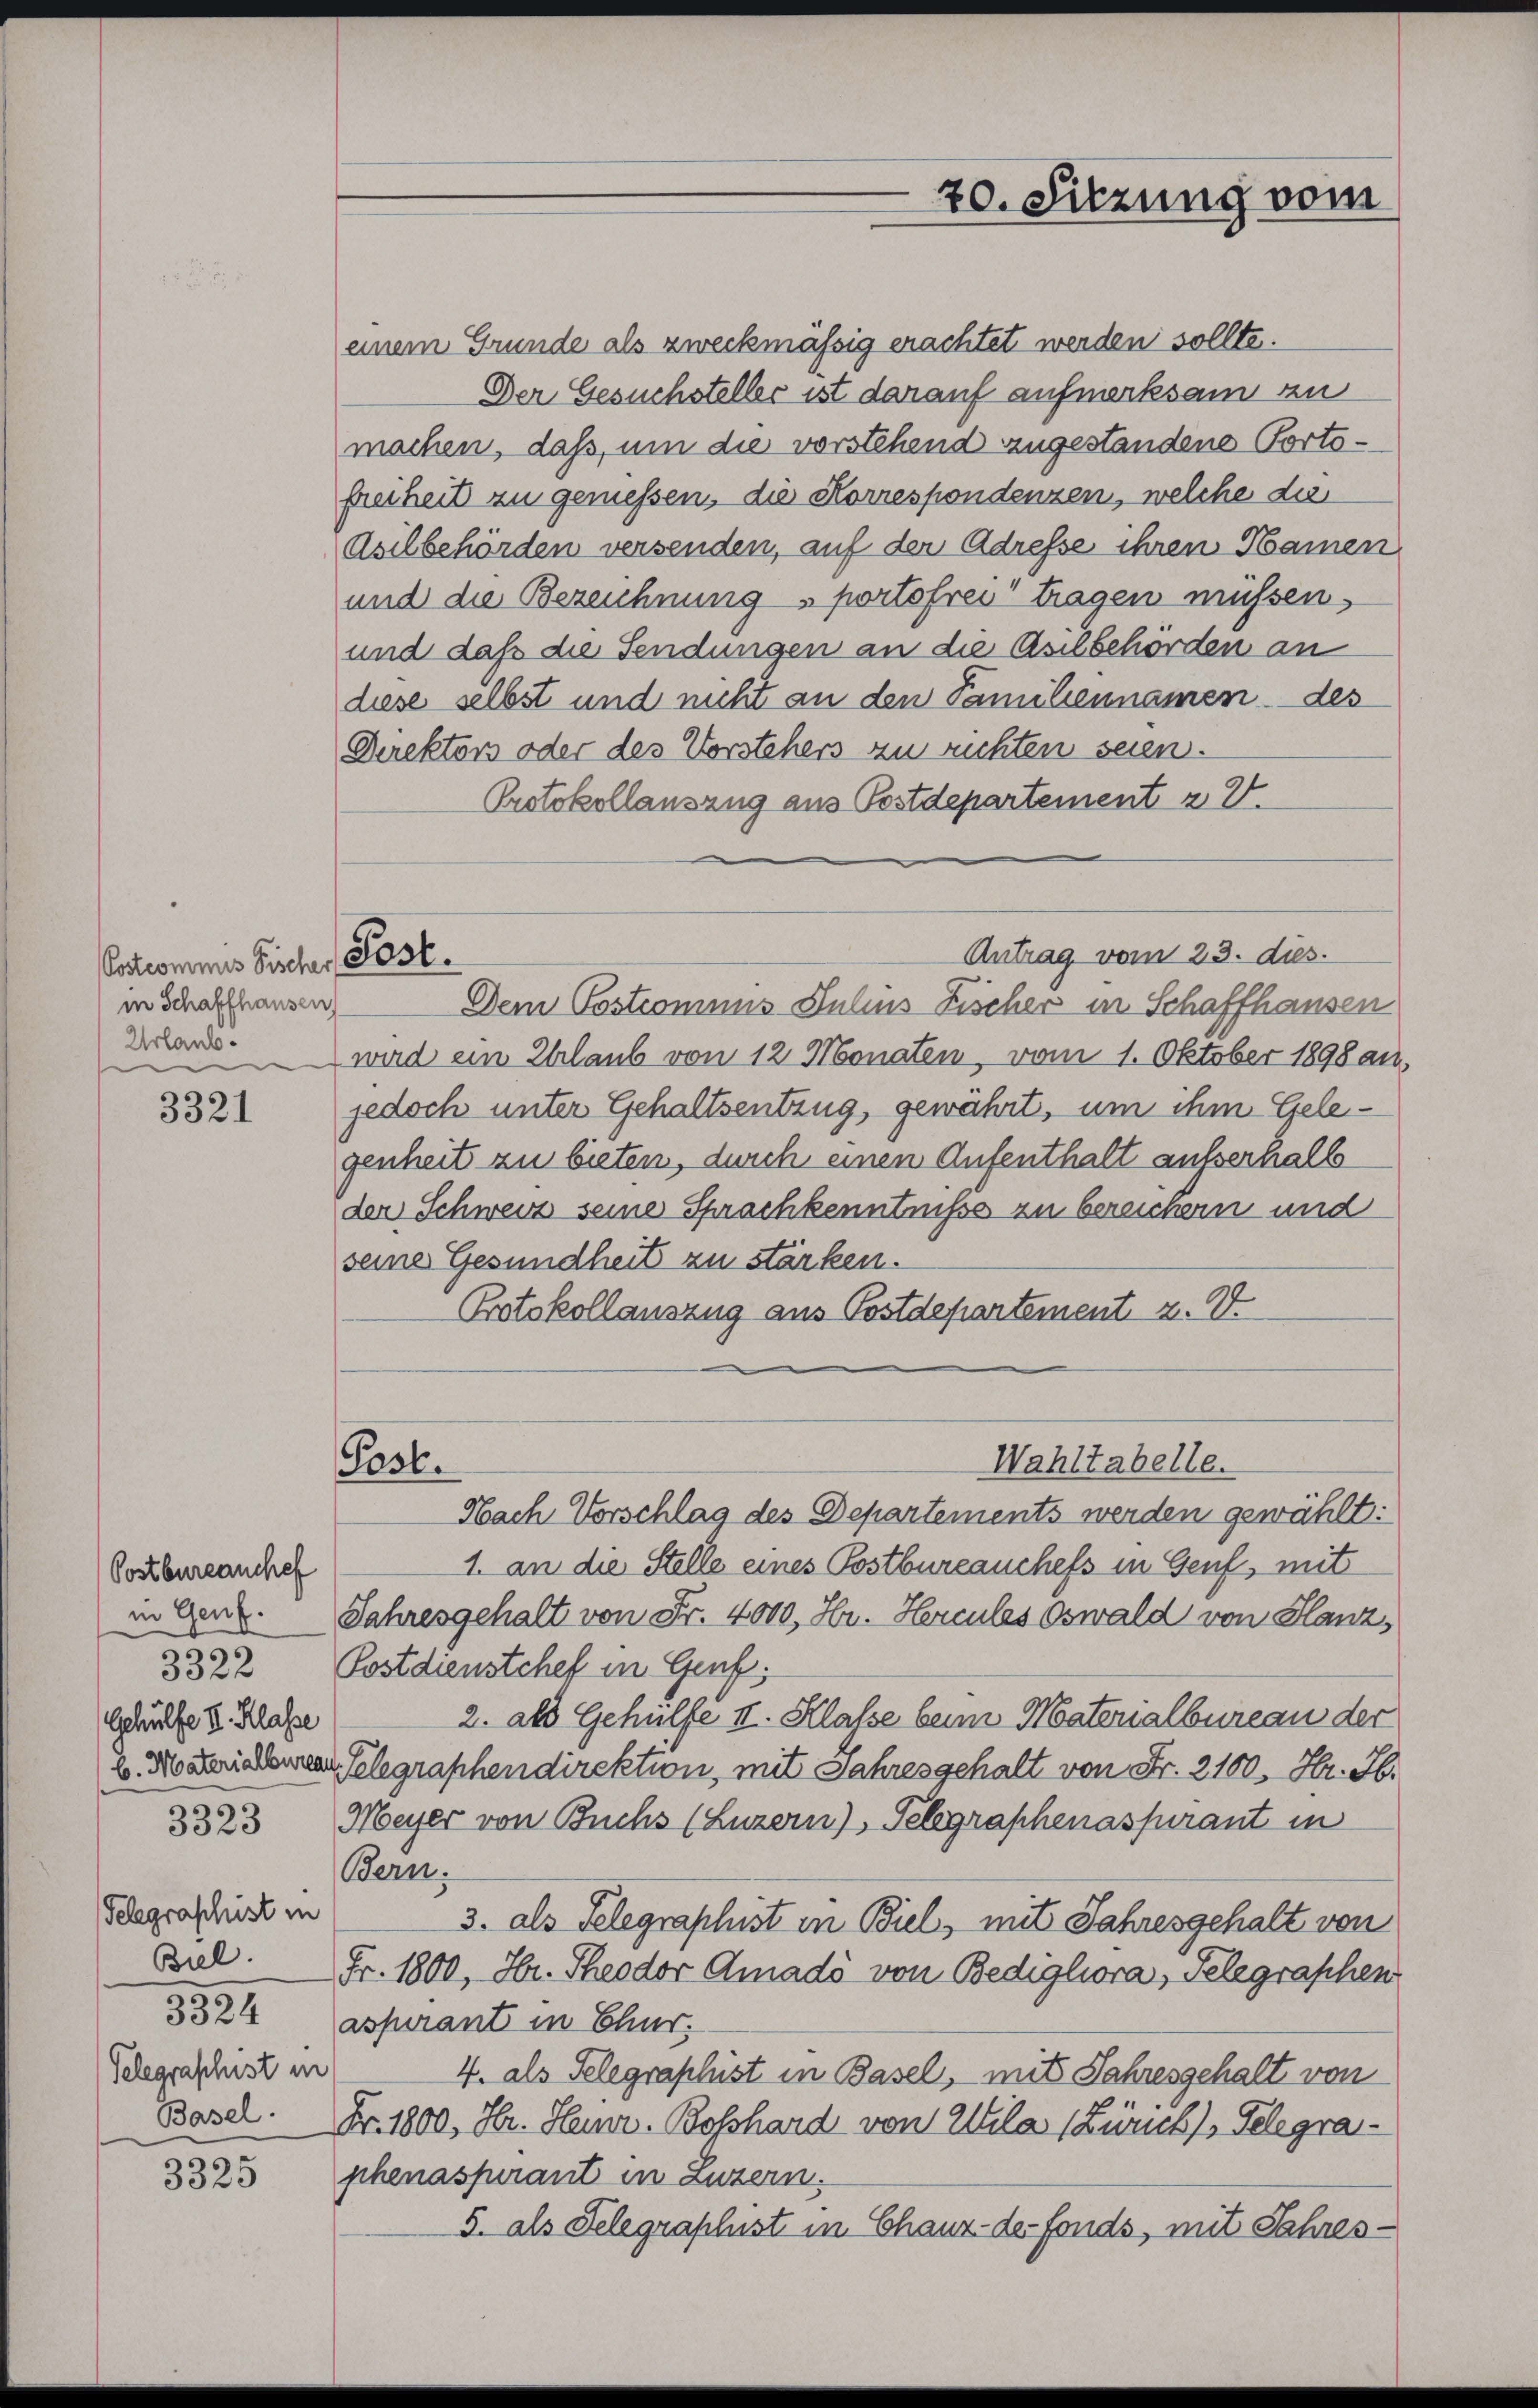
Potcommis Sicher Post.
in Schaffhausen

3321

Postbureauchef
in Genf.
3322
Gehülfe II. Klasse

3323

Telegraphist in
Biel.
3324
Telegraphist in
Basel.

35

3325

einem Grunde als zweckmässig erachtet werden sollte.
Der Gesuchsteller ist darauf aufmerksam zu
machen, daß, um die vorstehend zugestandene Portofreiheit zu geniessen, die Korrespondenzen, welche die
asilbehörden versenden, auf der Adresse ihren Namen
und die Bezeichnung sportofrei tragen müssen,
und daß die Sendungen an die Asilbehörden an
diese selbst und nicht an den Familiennamen des
Direktors oder des Vorstehers zu richten seien.
Protokollauszug aus Postdepartement z. Z.

Pasb.

70. Sitzung vom

Antrag vom 23. dies

Wahltabelle.

Dem Postcommis Julius Fischer in Schaffhausen
dlands. wird ein Ehrlaub von 12 Monaten, vom 1. Oktober 1898 an,
jedoch unter Gehaltsentzug, gewährt, um ihm Gelegenheit zu bieten, durch einen Aufenthalt ausserhalb
der Schweiz seine Sprachkenntniße zu bereichern und
seine Gesundheit zu stärken.
Protokollauszug aus Postdepartement z. V.
Nach Vorschlag des Departements werden gewählt:
1. an die Stelle eines Postbureauchess in Genf, mit
Jahresgehalt von Fr. 4000, Hr. Hercules Oswald von Glanz,
Postdienstchef in Genf
2. als Gehülfe II. Klasse beim Materialbureau der
b. Mosterialement Telegraphendirektion mit Jahresgehalt von Fr. 2100. Hr. Jb.
Meyer von Buchs (Luzern), Telegraphenaspirant in
Bern.
3. als Telegraphist in Biel, mit Jahresgehalt von
Fr. 1800, Hr. Theodor Amadó von Bedigliora, Telegraphen
aspirant in Chur.
4. als Telegraphist in Basel, mit Jahresgehalt von
Fr. 1800, Hr. Heinr. Boßhard von Wila (Zürich), Telegraphenaspirant in Luzern.
5. als Telegraplust in Chauz- der fonds, mit Jahres¬